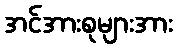
အင်အားစုများအား